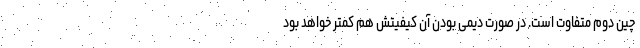
چین دوم متفاوت است. در صورت دیمی بودن آن کیفیتش هم کمتر خواهد بود